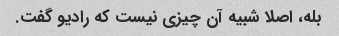
بله، اصلا شبیه آن چیزی نیست که رادیو گفت.